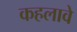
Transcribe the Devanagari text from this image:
कहलावे